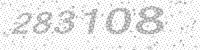
Solution: 283108